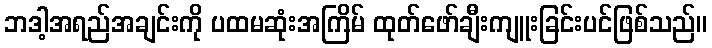
ဘဒါ့အရည်အချင်းကို ပထမဆုံးအကြိမ် ထုတ်ဖော်ချီးကျူးခြင်းပင်ဖြစ်သည်။